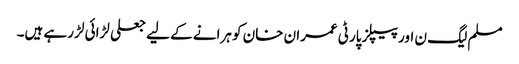
مسلم لیگ ن اور پیپلز پارٹی عمران خان کو ہرانے کے لیے جعلی لڑائی لڑ رہے ہیں۔